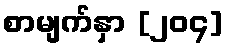
စာမျက်နှာ [၂၀၄]